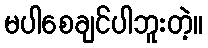
မပါစေချင်ပါဘူးတဲ့။